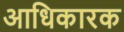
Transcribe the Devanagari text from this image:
अाधिकारक